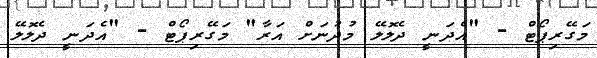
މަގޭރިޕޯޓް - "އެދަނީ ދެލޮލޭ މުދުނަށް އަރާ" މަގޭރިޕޯޓް - "އެދަނީ ދެލޮލޭ